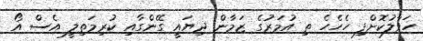
ހަވާލުކޮށްފި ހެހެހެ ތި އުމަރުގެ ޒަމާން ދިޔައީ ގޭންގާއި ކުރިމަތިލީ އެސް އޯ